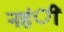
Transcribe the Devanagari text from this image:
नहंीं